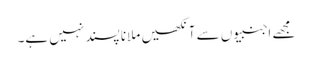
مجھے اجنبیوں سے آنکھیں ملانا پسند نہیں ہے۔